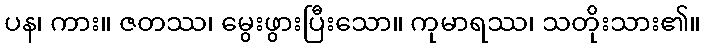
ပန၊ ကား။ ဇတဿ၊ မွေးဖွားပြီးသော။ ကုမာရဿ၊ သတိုးသား၏။